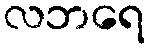
လဘရေ